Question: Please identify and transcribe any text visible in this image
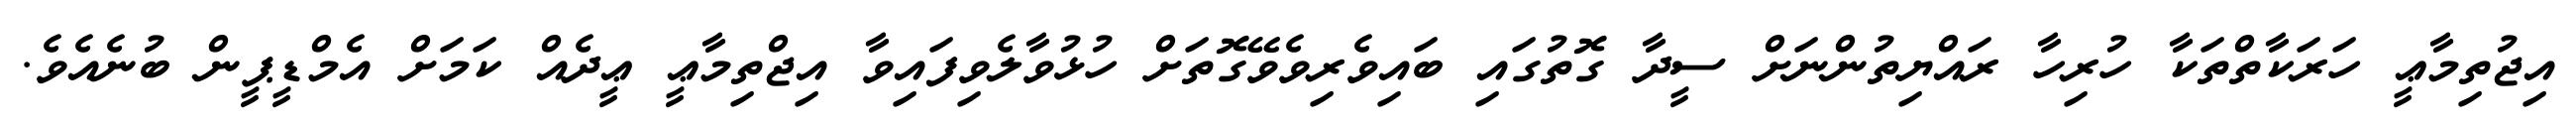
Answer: އިޖުތިމާޢީ ހަރަކާތްތަކާ ހުރިހާ ރައްޔިތުންނަށް ސީދާ ގޮތުގައި ބައިވެރިވެވޭގޮތަށް ހުޅުވާލެވިފައިވާ އިޖްތިމާޢީ ޢީދެއް ކަމަށް އެމްޑީޕީން ބުނެއެވެ.